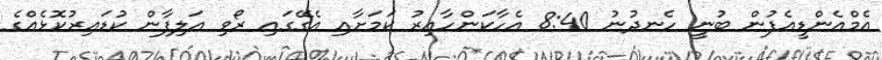
އެމްއެންޑީއެފުން ބުނީ ހެނދުނު 8:40 އެހާކަންހާއިރު ކަމަށާއި އެގޭގައި ރޯވި އަލިފާން ކުޑައިރުކޮޅެއްގެ